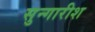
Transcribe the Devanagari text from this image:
सुन्गारीश